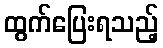
ထွက်ပြေးရသည့်